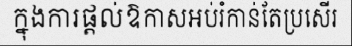
ក្នុងការផ្តល់ឱកាសអប់រំកាន់តែប្រសើរ